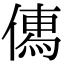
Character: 𠍶